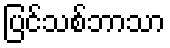
ပြင်သစ်ဘာသာ